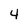
Character: 4